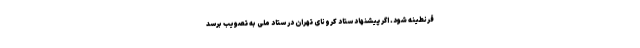
قرنطینه شود. اگر پیشنهاد ستاد کرونای تهران در ستاد ملی به تصویب برسد